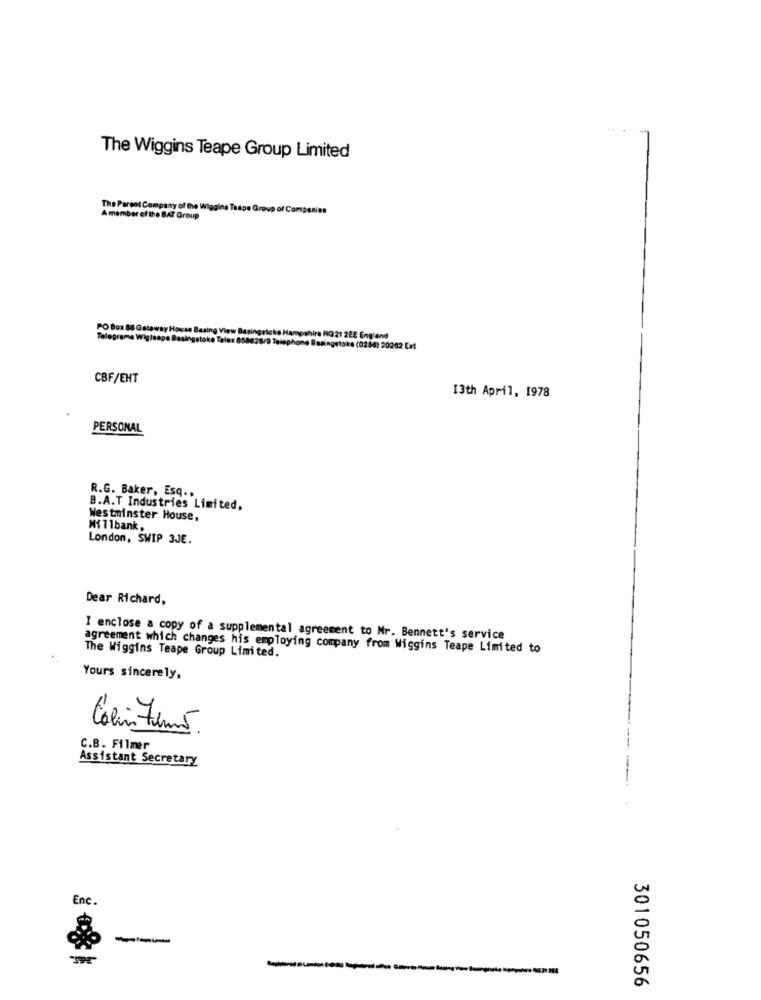
The Wiggins Teape Group Limited
The Parent Company of the Wiggins Teape Group of Companies
A member of the BAT Group
PO Box 86 Gateway H
Telegrama WigteapoD
Basing View Basingstoke Hampshire RG 21 2EE England
Talex 858628/9 Telephone Basingstoke (0254) 20262 Eat
CBF/EHT
[3th April, 1978
PERSONAL
R.G. Baker, Esq ..
B.A.T Industries Limited,
Westminster House,
Mf 11bank,
London, SWIP 3JE.
Dear Richard,
I enclose a copy of a supplemental agreement to Nr. Bennett's service
agreement which changes his employing company from Wiggins Teape Limited to
The Wiggins Teape Group Limited.
Yours sincerely,
1
Colin Films
C.B. Filmer
Assistant Secretary
Enc.
301050656